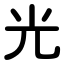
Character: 光